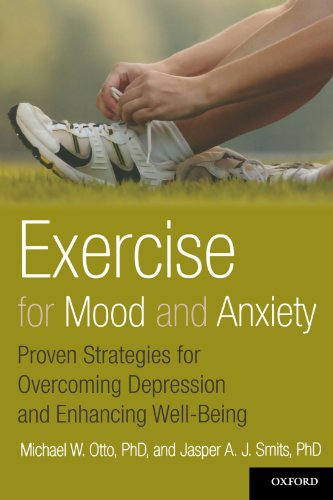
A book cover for Exercise for Mood and Anxiety: Proven Strategies for Overcoming Depression and Enhancing Well-Being; Michael Otto; Self-Help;